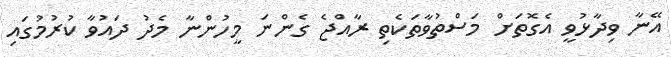
އޭނާ ވިދާޅުވީ އެގޮތަށް މަސްތުވާތަކެތި ރާއްޖެ ގެންނަ މީހުންނާ މެދު ދައުވާ ކުރުމުގައި